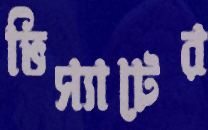
ভিস্যাটের